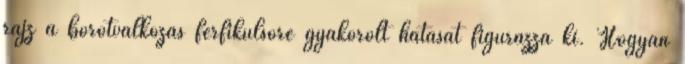
rajz a borotválkozás férfikülsőre gyakorolt hatását figurázza ki. Hogyan